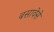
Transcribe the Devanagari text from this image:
बसावेसे